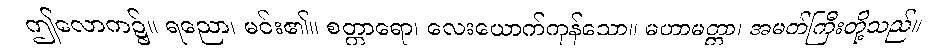
ဤလောက၌။ ရညော၊ မင်း၏။ စတ္တာရော၊ လေးယောက်ကုန်သော။ မဟာမတ္တာ၊ အမတ်ကြီးတို့သည်။